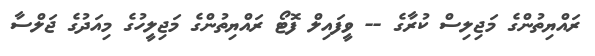
ރައްޔިތުންގެ މަޖިލިސް ކުރާގެ -- ވީފައިލް ފޮޓޯ ރައްޔިތުންގެ މަޖިލީހުގެ މިއަދުގެ ޖަލްސާ